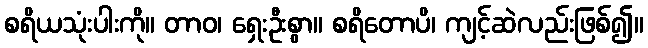
စရိယသုံးပါးကို။ တာဝ၊ ရှေးဦးစွာ။ စရိတောပိ၊ ကျင့်ဆဲလည်းဖြစ်၍။